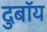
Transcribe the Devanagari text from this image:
दुबॉय